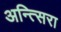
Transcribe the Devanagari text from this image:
अन्त्सिरा